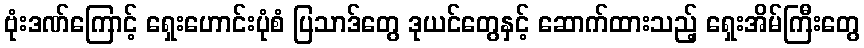
ဗုံးဒဏ်ကြောင့် ရှေးဟောင်းပုံစံ ပြသာဒ်တွေ ဒုယင်တွေနှင့် ဆောက်ထားသည့် ရှေးအိမ်ကြီးတွေ